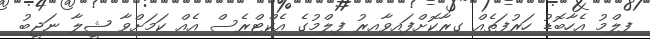
ފިލްމު އެހާބޮޑު ހަރުފަތެއް ގިރާކޮށްފައިވާއިރު ފިލްމުގެ އެކްޓްރެސް އެއް ކަމަށްވާ ޝީލާ ނަޖީބު